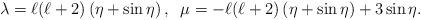
LaTeX: \begin{align*}\lambda=\ell(\ell+2)\left(\eta+\sin\eta\right) ,\;\;\mu=-\ell(\ell+2)\left(\eta+\sin\eta\right)+3\sin\eta .\end{align*}